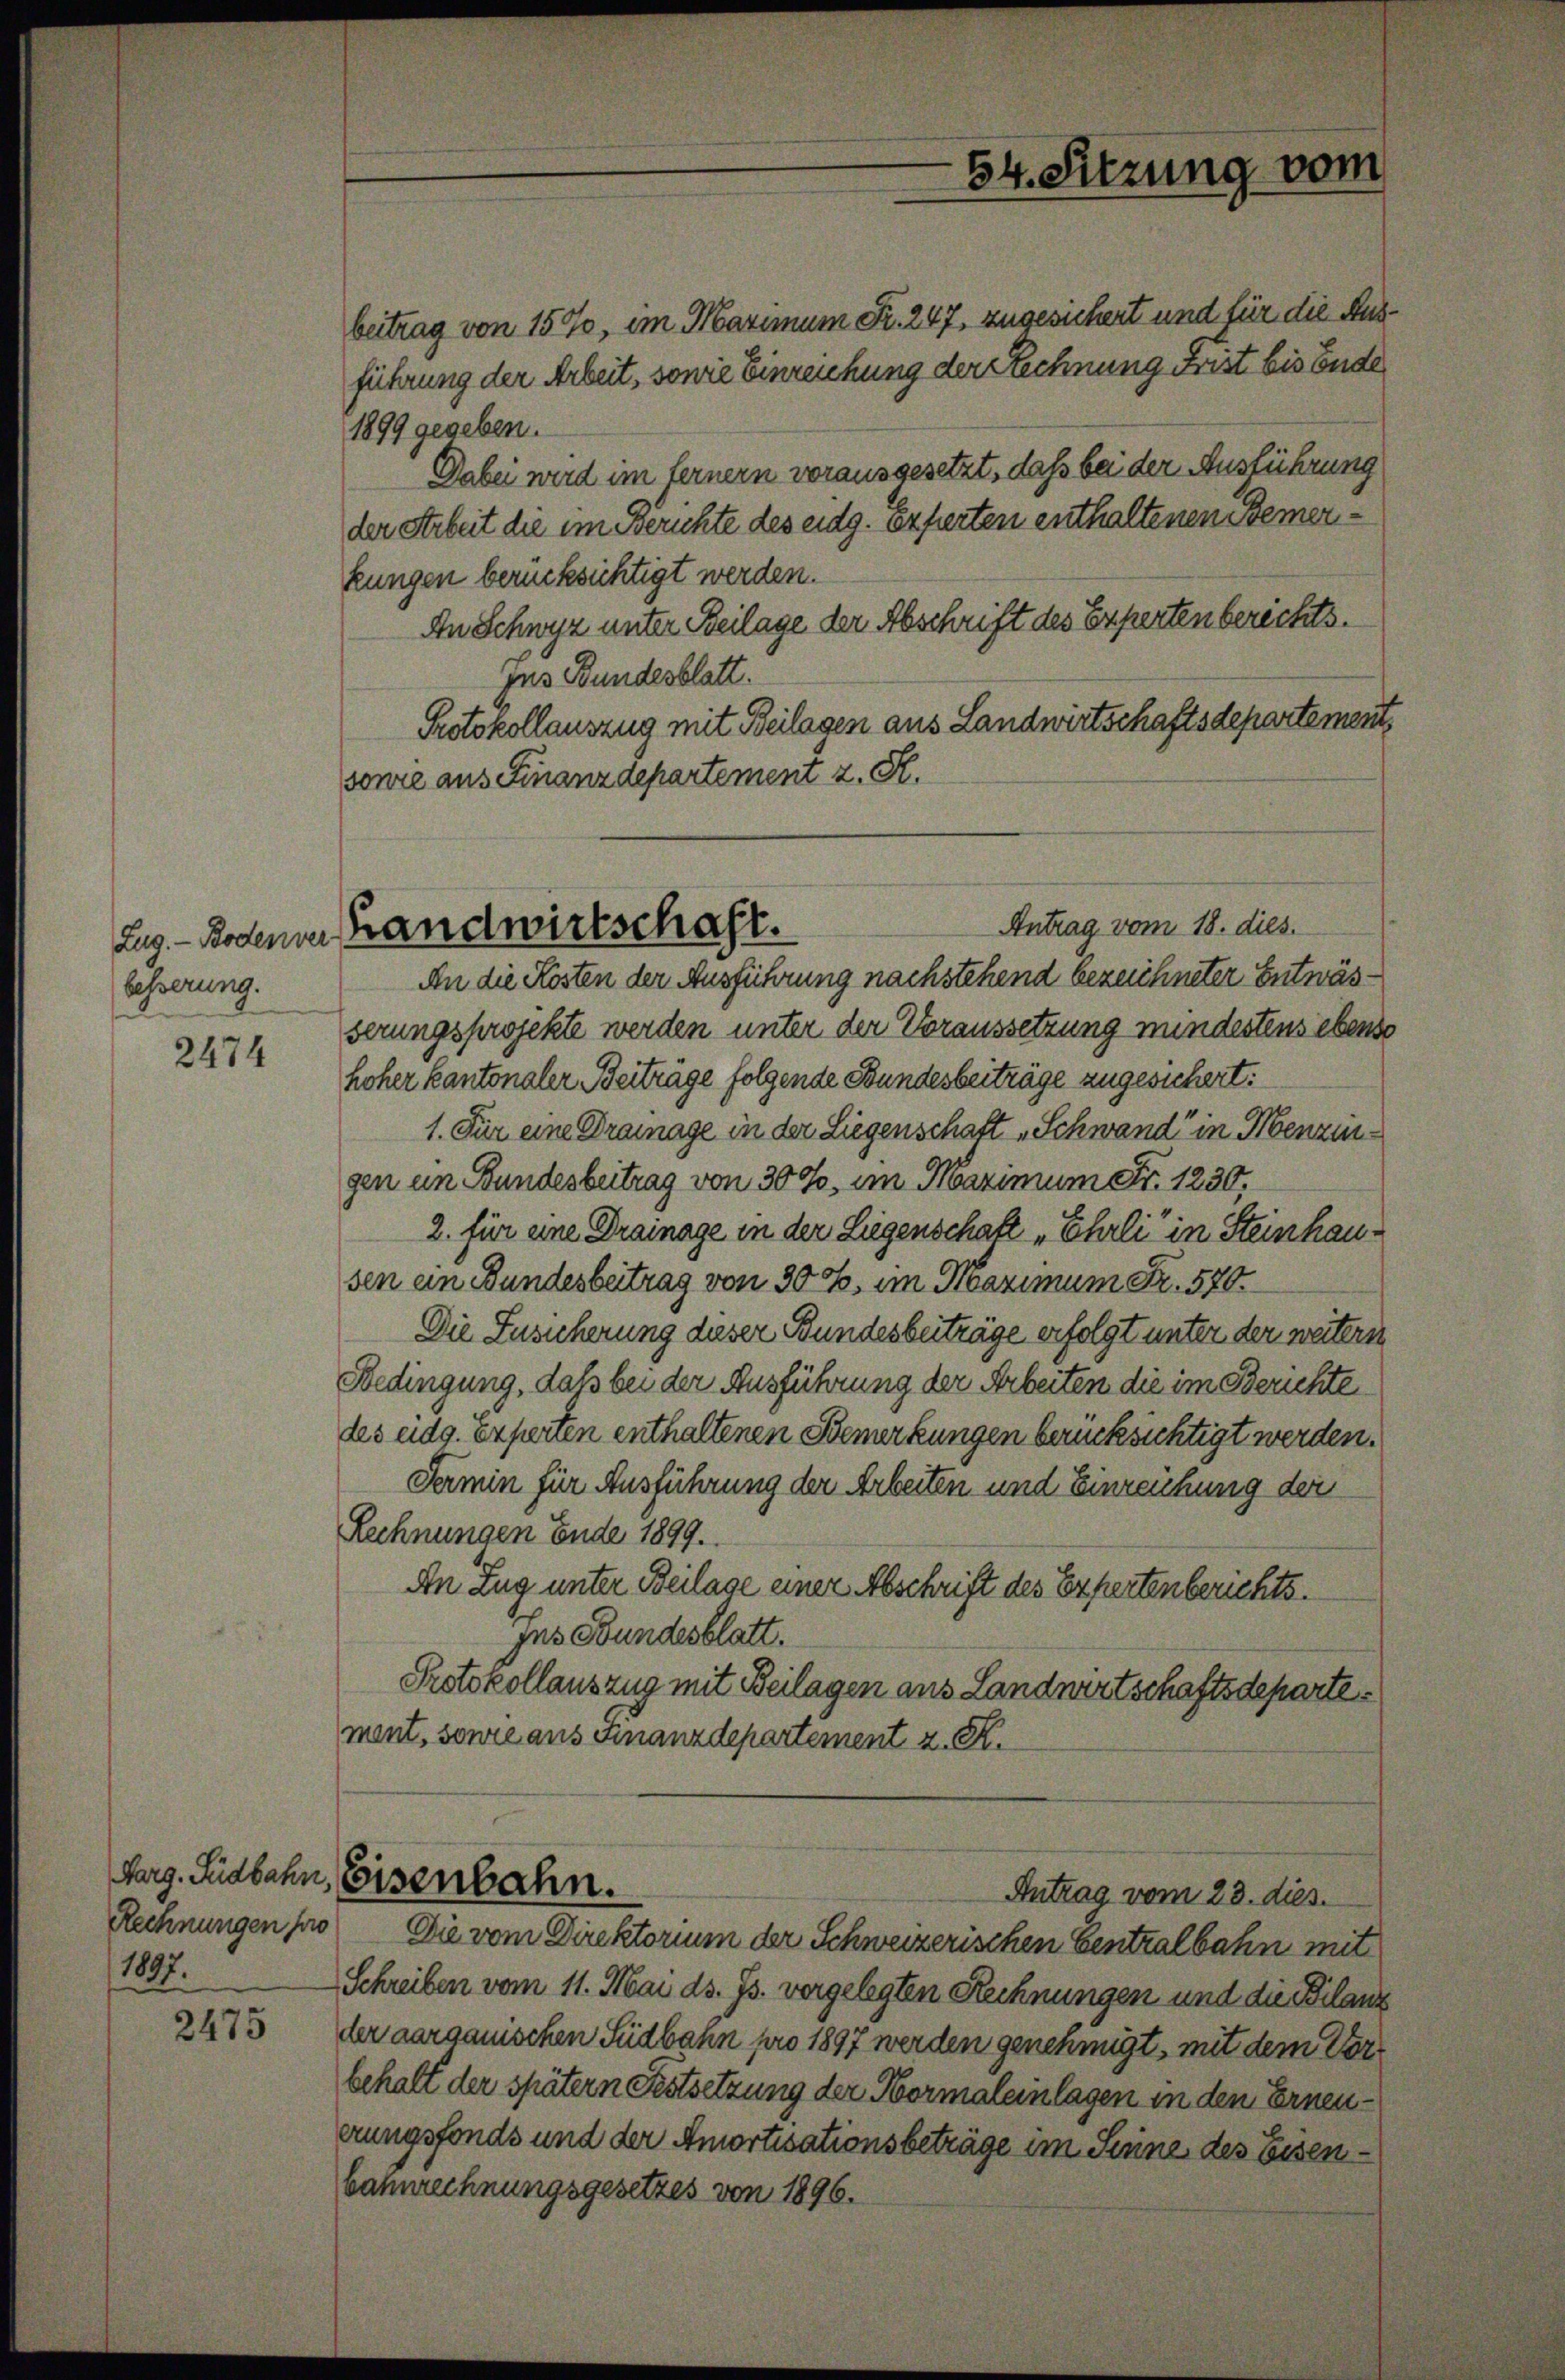
2474

2475

besserung.

1897.

Zug. - Rodena Handwirtschaft.

54. Sitzung vom

beitrag von 150, im Maximum Fr. 247, zugesichert und für die Ausführung der Arbeit, sowie Einreichung der Rechnung Frist bis Ende
1899 gegeben.
Dabei wird im fernern vorausgesetzt, daß bei der Ausführung
der Arbeit die im Berichte des eidg. Experten enthaltenen Bemerkungen berücksichtigt werden.
An Schwyz unter Beilage der Abschrift des Experten berichts.
jus Bundesblatt.
Protokollauszug mit Beilagen aus Landwirtschaftsdepartement,
sonie aus Finanzdepartement z. R.
Antrag vom 18. dies.
An die Kosten der Ausführung nachstehend bezeichneter Entwässerungsprojekte werden unter der Voraussetzung mindestens ebenso
hoher kantonaler Beiträge folgende Bundesbeiträge zugesichert:
1. Für eine Drainage in der Liegenschaft „Schwand“ in Menzinsgen in Bundesbeitrag von 30 J. im Maximum Fr. 1230,
2. für eine Drainage in der Liegenschaft "Ehrli in Steinhausen ein Bundesbeitrag von 300. im Maximum Fr. 570.
.
Die Zusicherung dieser Bundesbeiträge erfolgt unter der weiters
Bedingung, daß bei der Ausführung der Arbeiten die im Berichte
des eidg. Experten enthaltenen Bemerkungen berücksichtigt werden.
Fermin für Ausführung der Arbeiten und Einreichung der
Rechnungen Ende 1899.
An Zug unter Beilage einer Abschrift des Expertenberichtsjus Bundesblatt.
Protokollauszug mit Beilagen aus Landwirtschaftsdepartement, sowie aus Finanzdepartement z. R.

Varg. Südbahn, Eisenbahn.
Antrag vom 28. dies

Rechnungen pro Die vom Direktorium der Schweizerischen Centralbahn mit
Schreiben vom 11. Mai d. Js. vorgelegten Rechnungen und die Bilanz
der aargauischen Südbahn pro 1897 werden genehmigt, mit dem Vorbehalt der spätern Festsetzung der Normaleinlagen in den Erneuerungsfonds und der Amortisationsbeträge im Sinne des Eisen¬
Bahnrechnungsgesetzes von 1896.